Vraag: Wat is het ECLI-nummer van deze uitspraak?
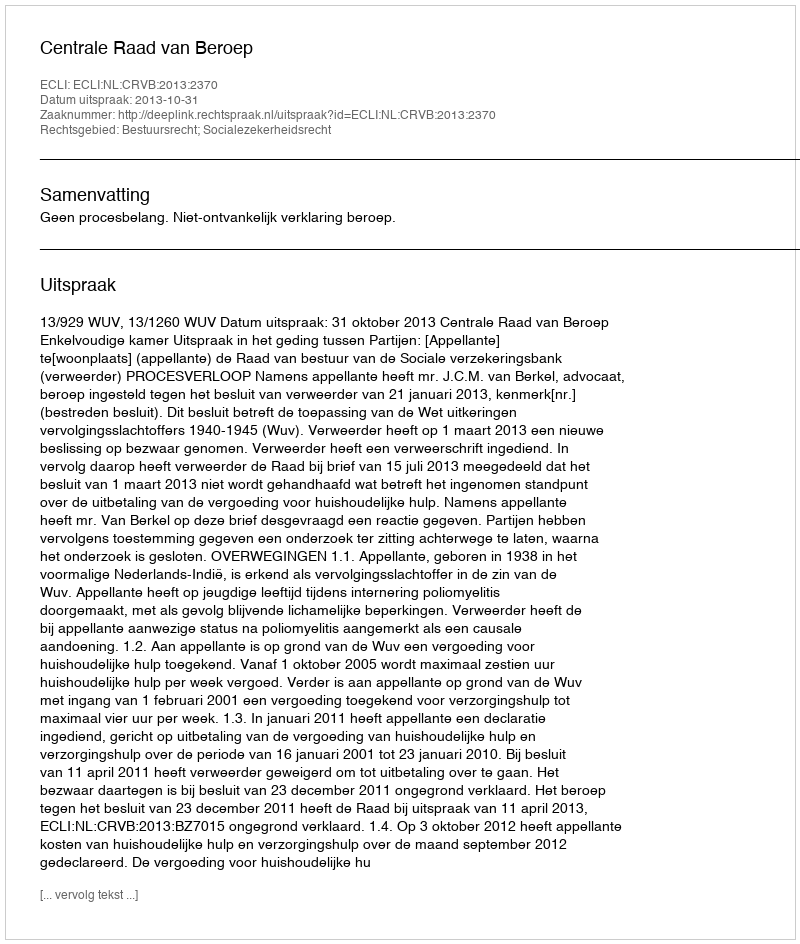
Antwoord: ECLI:NL:CRVB:2013:2370